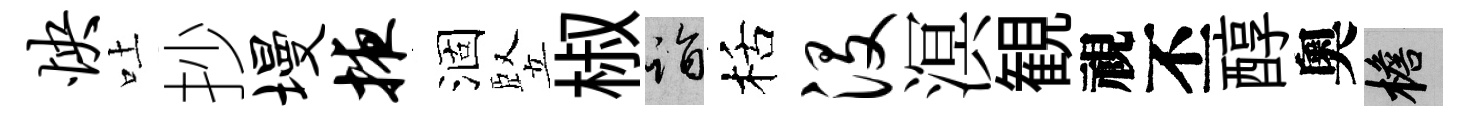
怏吐抄墁掖涸竪椒诣栝没溟観視丕醇奧檐